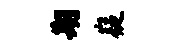
期嶷